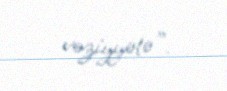
vəziyyətə”.